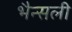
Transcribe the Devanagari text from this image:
भैन्सली